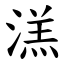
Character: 溔